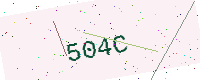
Text: 504C